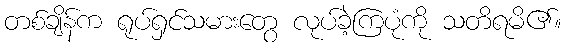
တစ်ချိန်က ရုပ်ရှင်သမားတွေ လုပ်ခဲ့ကြပုံကို သတိရမိ၏။